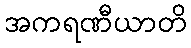
အကရဏီယာတိ